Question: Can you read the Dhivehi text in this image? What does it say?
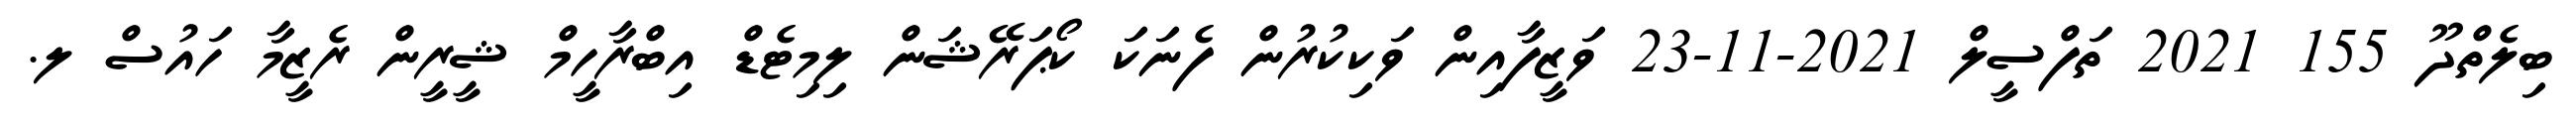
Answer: ބިލެތްދޫ 155 2021 ތަފްސީލް 2021-11-23 ވަޒީފާއިން ވަކިކުރުން ފެނަކަ ކޯޕަރޭޝަން ލިމިޓެޑް އިބްރާހީމް ޝީރީން ރެޒީމާ ހައުސް ލ.